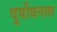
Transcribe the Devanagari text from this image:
दुर्योधनाल